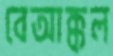
বেআক্কল